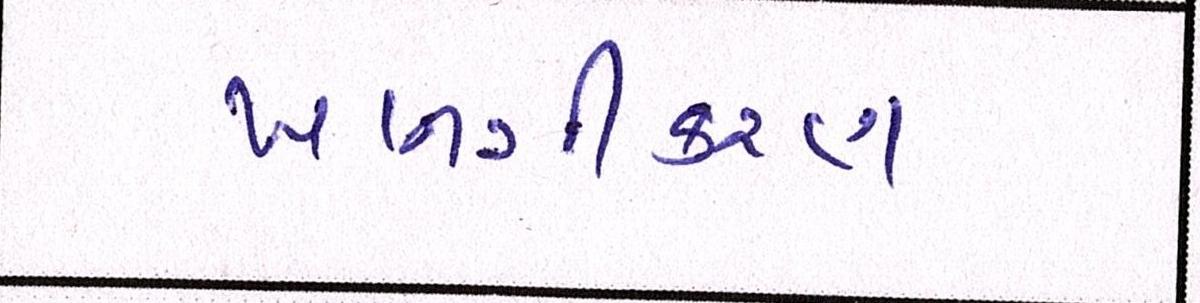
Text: ખાનગીકરણ